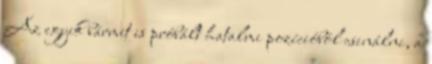
Az egyik bármit is próbált hatalmi pozícióból csinálni, a